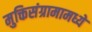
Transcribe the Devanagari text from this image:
मुक्तिसंग्रामामध्ये